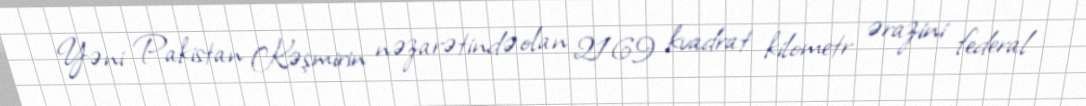
Yəni Pakistan Kəşmirin nəzarətində olan 2169 kvadrat kilometr ərazini federal